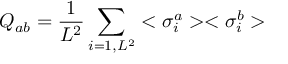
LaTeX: Q _ { a b } = { \frac { 1 } { L ^ { 2 } } } \sum _ { i = 1 , L ^ { 2 } } < \sigma _ { i } ^ { a } > < \sigma _ { i } ^ { b } >